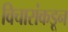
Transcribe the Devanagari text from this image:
विचारांकडून